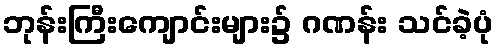
ဘုန်းကြီးကျောင်းများ၌ ဂဏန်း သင်ခဲ့ပုံ